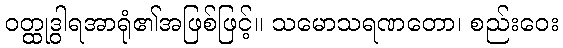
ဝတ္ထုဒွါရအာရုံ၏အဖြစ်ဖြင့်။ သမောသရဏတော၊ စည်းဝေး